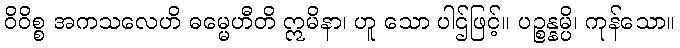
ဝိဝိစ္စ အကသလေဟိ ဓမ္မေဟီတိ ဣမိနာ၊ ဟူ သော ပါဌ်ဖြင့်။ ပဉ္စန္နမ္ပိ၊ ကုန်သော။